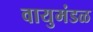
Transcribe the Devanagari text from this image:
वायुमंडळ